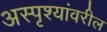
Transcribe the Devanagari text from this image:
अस्पृश्यांवरील